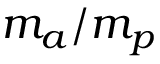
m _ { a } / m _ { p }